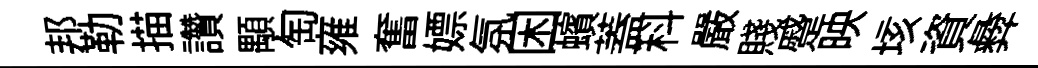
邦勒描讚顒匋雍奮嫖氛困蠙蓋科嚴賤蹙映垓資彜